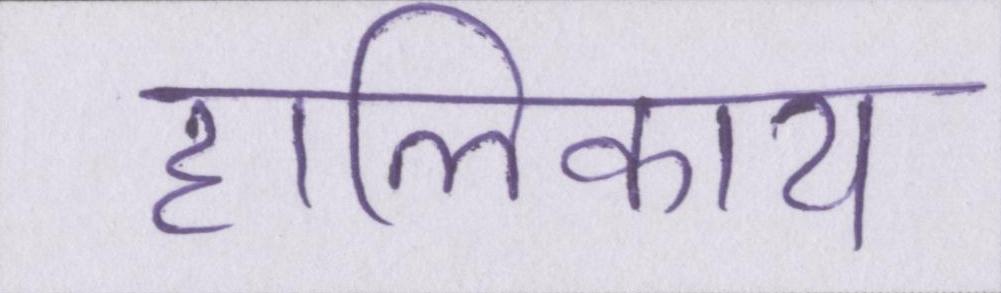
हालिकाय